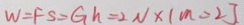
W = F S = G h = 2 N \times 1 m = 2 J